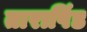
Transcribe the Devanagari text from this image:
तारापिंड